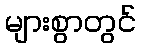
များစွာတွင်